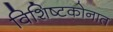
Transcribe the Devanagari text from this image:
विशिष्टकोनात